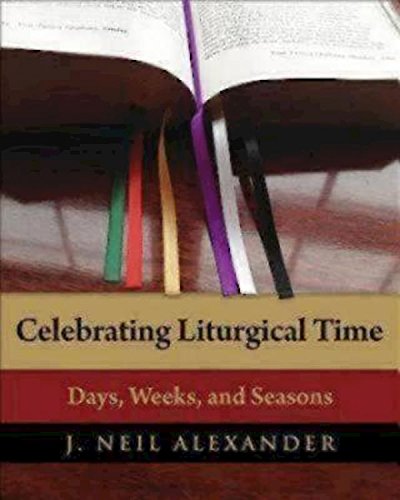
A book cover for Celebrating Liturgical Time: Days, Weeks, and Seasons; J. Neil Alexander; Christian Books & Bibles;